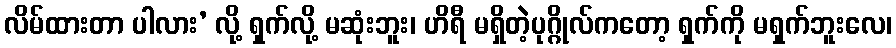
လိမ်ထားတာ ပါလား’ လို့ ရှက်လို့ မဆုံးဘူး၊ ဟိရီ မရှိတဲ့ပုဂ္ဂိုလ်ကတော့ ရှက်ကို မရှက်ဘူးလေ၊